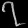
Digit: ၇